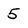
Character: 5